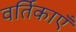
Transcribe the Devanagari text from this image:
वर्तिकाएँ